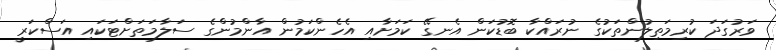
ވަރުގަދަ ކުރިމަތިލުންތަކުގެ ނުރައްކާ ބޮޑުކަން އެނގޭ ކަމަށާއި އެހެންކަމުން އާންމުންގެ ސަލާމަތަށްޓަކައި އަސްކަރީ